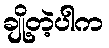
ချို့တဲ့ပါက